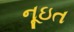
નૂઇત